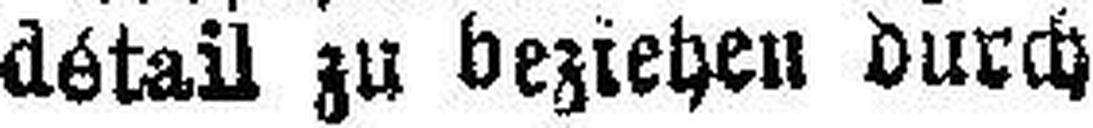
détail zu beziehen durch